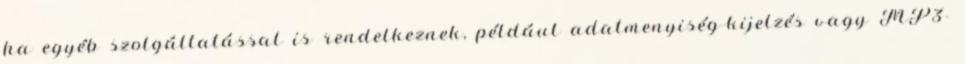
ha egyéb szolgáltatással is rendelkeznek, például adatmenyiség-kijelzés vagy MP3-